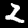
Digit: 2